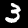
Digit: 3